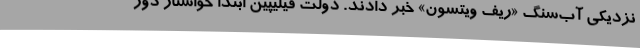
نزدیکی آب‌سنگ «ریف ویتسون» خبر دادند. دولت فیلیپین ابتدا خواستار دور